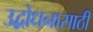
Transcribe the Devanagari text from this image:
उद्बोधनासाठी